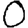
Digit: 0